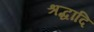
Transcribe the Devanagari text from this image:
श्रद्धादि